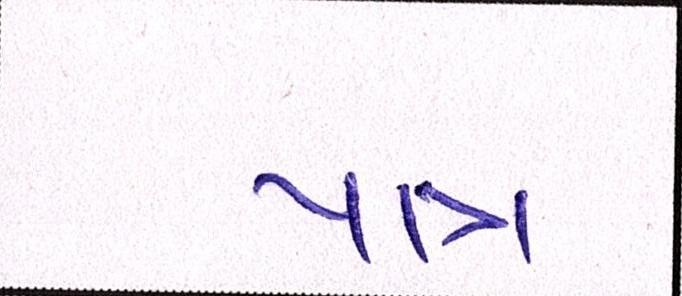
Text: પાત્ર